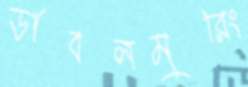
ডাবলমুরিং